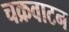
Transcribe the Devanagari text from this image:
चक्रवाटन